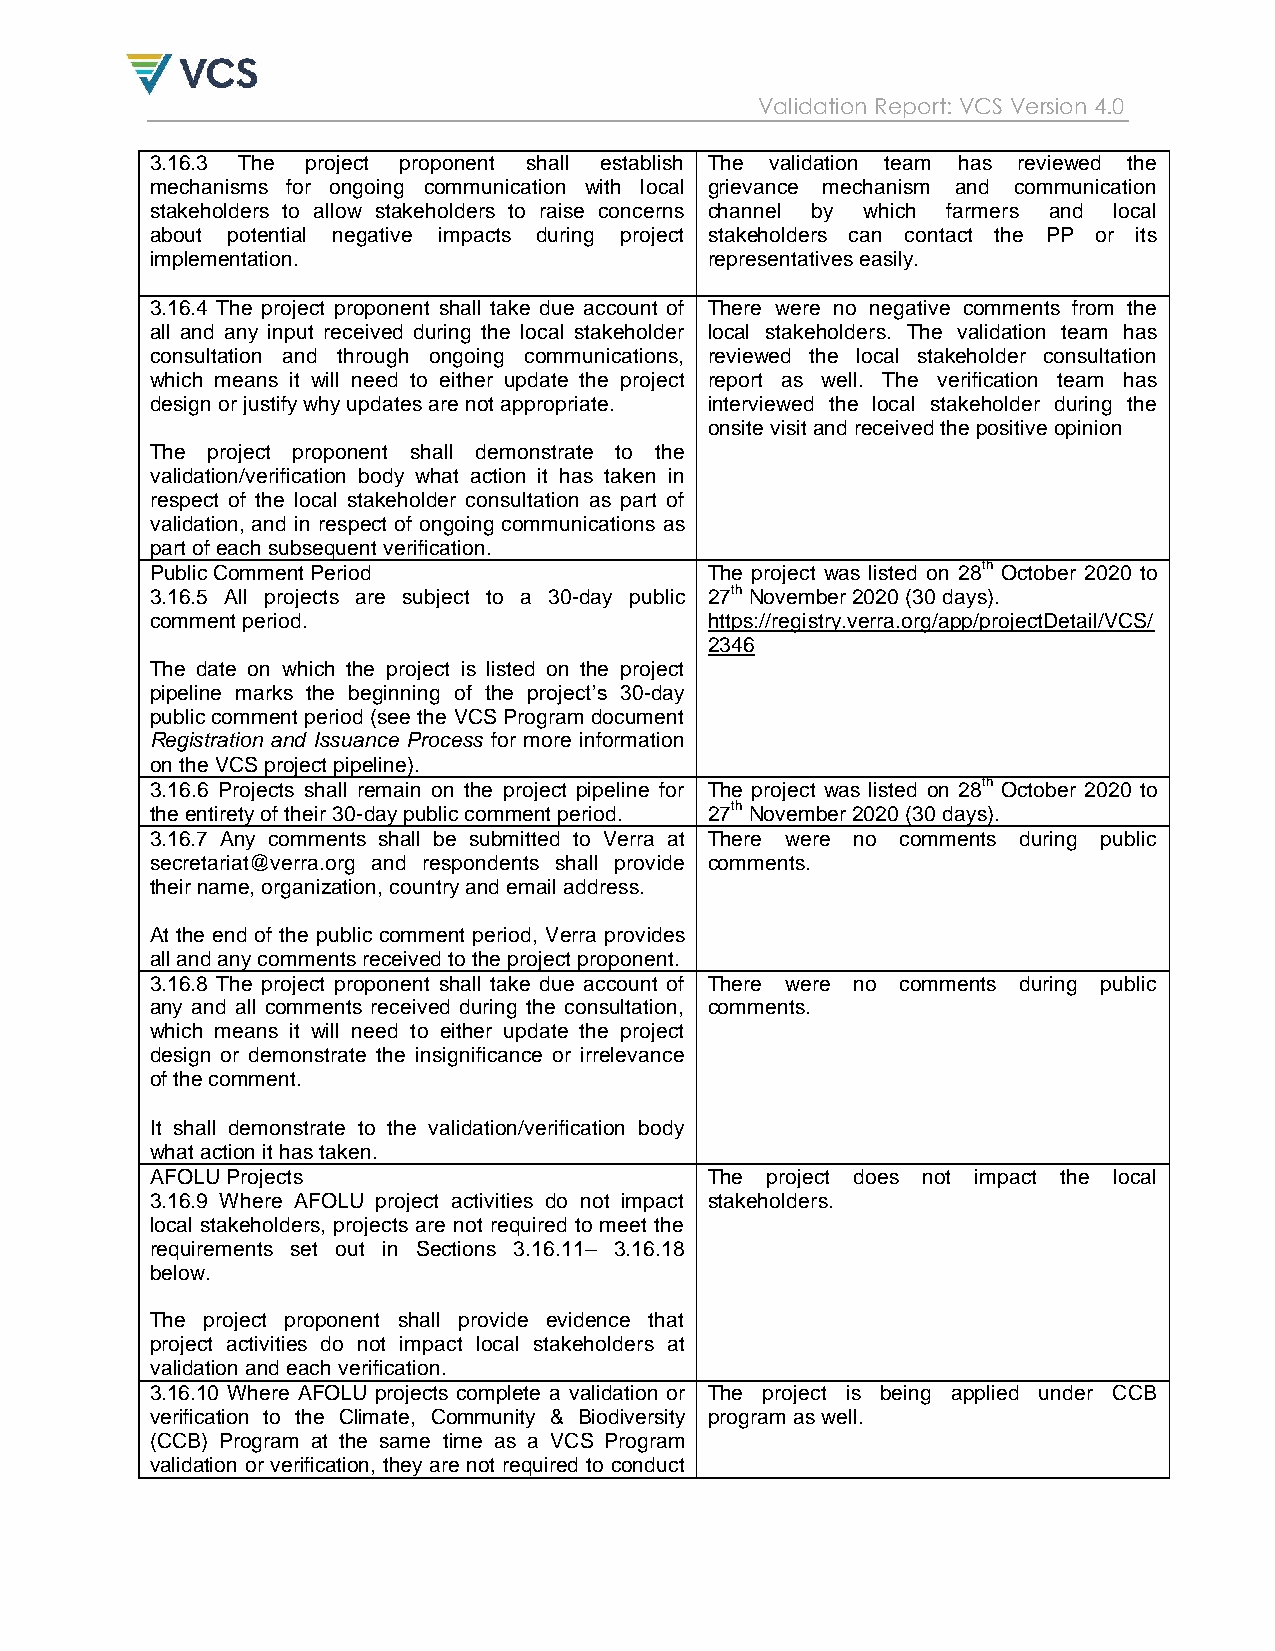
Validation Report: VCS Version 4.0
 3.16.3 The project proponent shall establish The validation team has reviewed the
 mechanisms for ongoing communication with local grievance mechanism and communication
 stakeholders to allow stakeholders to raise concerns channel by which farmers and local
 about potential negative impacts during project stakeholders can contact the PP or its
 implementation.                      representatives easily.
 3.16.4 The project proponent shall take due account of There were no negative comments from the
 all and any input received during the local stakeholder local stakeholders. The validation team has
 consultation and through ongoing communications, reviewed the local stakeholder consultation
 which means it will need to either update the project report as well. The verification team has
 design or justify why updates are not appropriate. interviewed the local stakeholder during the
 onsite visit and received the positive opinion
 The project proponent shall demonstrate to the
 validation/verification body what action it has taken in
 respect of the local stakeholder consultation as part of
 validation, and in respect of ongoing communications as
 part of each subsequent verification.
 Public Comment Period                The project was listed on 28th October 2020 to
 3.16.5 All projects are subject to a 30-day public 27th November 2020 (30 days).
 comment period.                      https://registry.verra.org/app/projectDetail/VCS/
 2346
 The date on which the project is listed on the project
 pipeline marks the beginning of the project‟s 30-day
 public comment period (see the VCS Program document
 Registration and Issuance Process for more information
 on the VCS project pipeline).
 3.16.6 Projects shall remain on the project pipeline for The project was listed on 28th October 2020 to
 the entirety of their 30-day public comment period. 27th November 2020 (30 days).
 3.16.7 Any comments shall be submitted to Verra at There were no comments during public
 secretariat@verra.org and respondents shall provide comments.
 their name, organization, country and email address.
 At the end of the public comment period, Verra provides
 all and any comments received to the project proponent.
 3.16.8 The project proponent shall take due account of There were no comments during public
 any and all comments received during the consultation, comments.
 which means it will need to either update the project
 design or demonstrate the insignificance or irrelevance
 of the comment.
 It shall demonstrate to the validation/verification body
 what action it has taken.
 AFOLU Projects                       The project does not impact the local
 3.16.9 Where AFOLU project activities do not impact stakeholders.
 local stakeholders, projects are not required to meet the
 requirements set out in Sections 3.16.11– 3.16.18
 below.
 The project proponent shall provide evidence that
 project activities do not impact local stakeholders at
 validation and each verification.
 3.16.10 Where AFOLU projects complete a validation or The project is being applied under CCB
 verification to the Climate, Community & Biodiversity program as well.
 (CCB) Program at the same time as a VCS Program
 validation or verification, they are not required to conduct